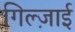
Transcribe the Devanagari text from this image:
गिल्ज़ाई